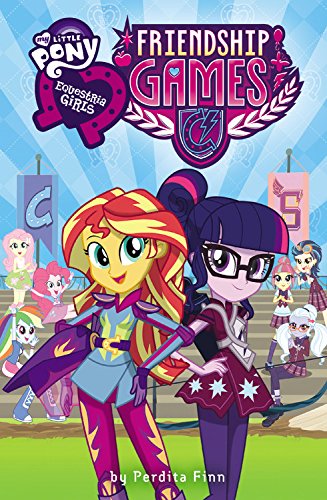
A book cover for My Little Pony:  Equestria Girls: Friendship Games; Perdita Finn; Children's Books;